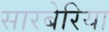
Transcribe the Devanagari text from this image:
सारबेरिया